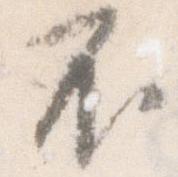
不